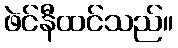
ဖဲင်နီထင်သည်။